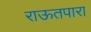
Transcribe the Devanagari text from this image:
राऊतपारा